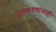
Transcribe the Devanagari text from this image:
उपकरणांनाही